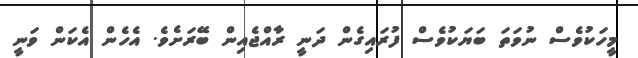
މީހަކުވެސް ނުވަތަ ބަޔަކުވެސް ފުރައިގެން ދަނީ ރާއްޖެއިން ބޭރަށެވެ. އެހެން އެކަން ވަނީ